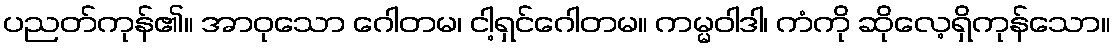
ပညတ်ကုန်၏။ အာဝုသော ဂေါတမ၊ ငါ့ရှင်ဂေါတမ။ ကမ္မဝါဒါ၊ ကံကို ဆိုလေ့ရှိကုန်သော။